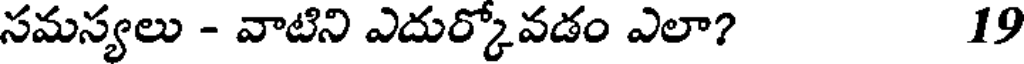
సమస్యలు - వాటిని ఎదుర్కోవడం ఎలా? 19